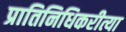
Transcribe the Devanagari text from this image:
प्रातिनिधिकरीत्या